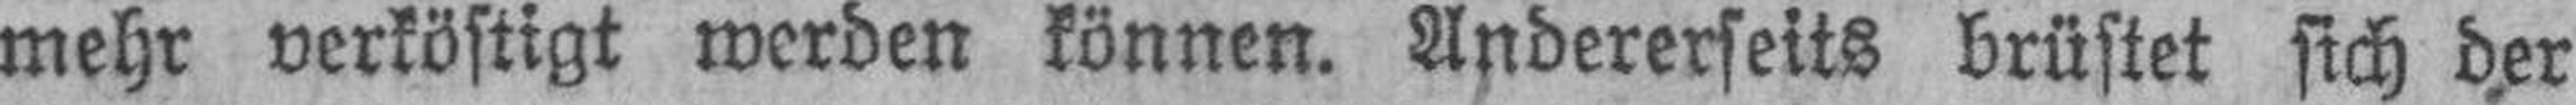
mehr verköstigt werden können. Andererseits brüstet sich der